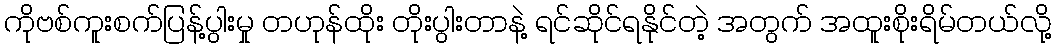
ကိုဗစ်ကူးစက်ပြန့်ပွါးမှု တဟုန်ထိုး တိုးပွါးတာနဲ့ ရင်ဆိုင်ရနိုင်တဲ့ အတွက် အထူးစိုးရိမ်တယ်လို့